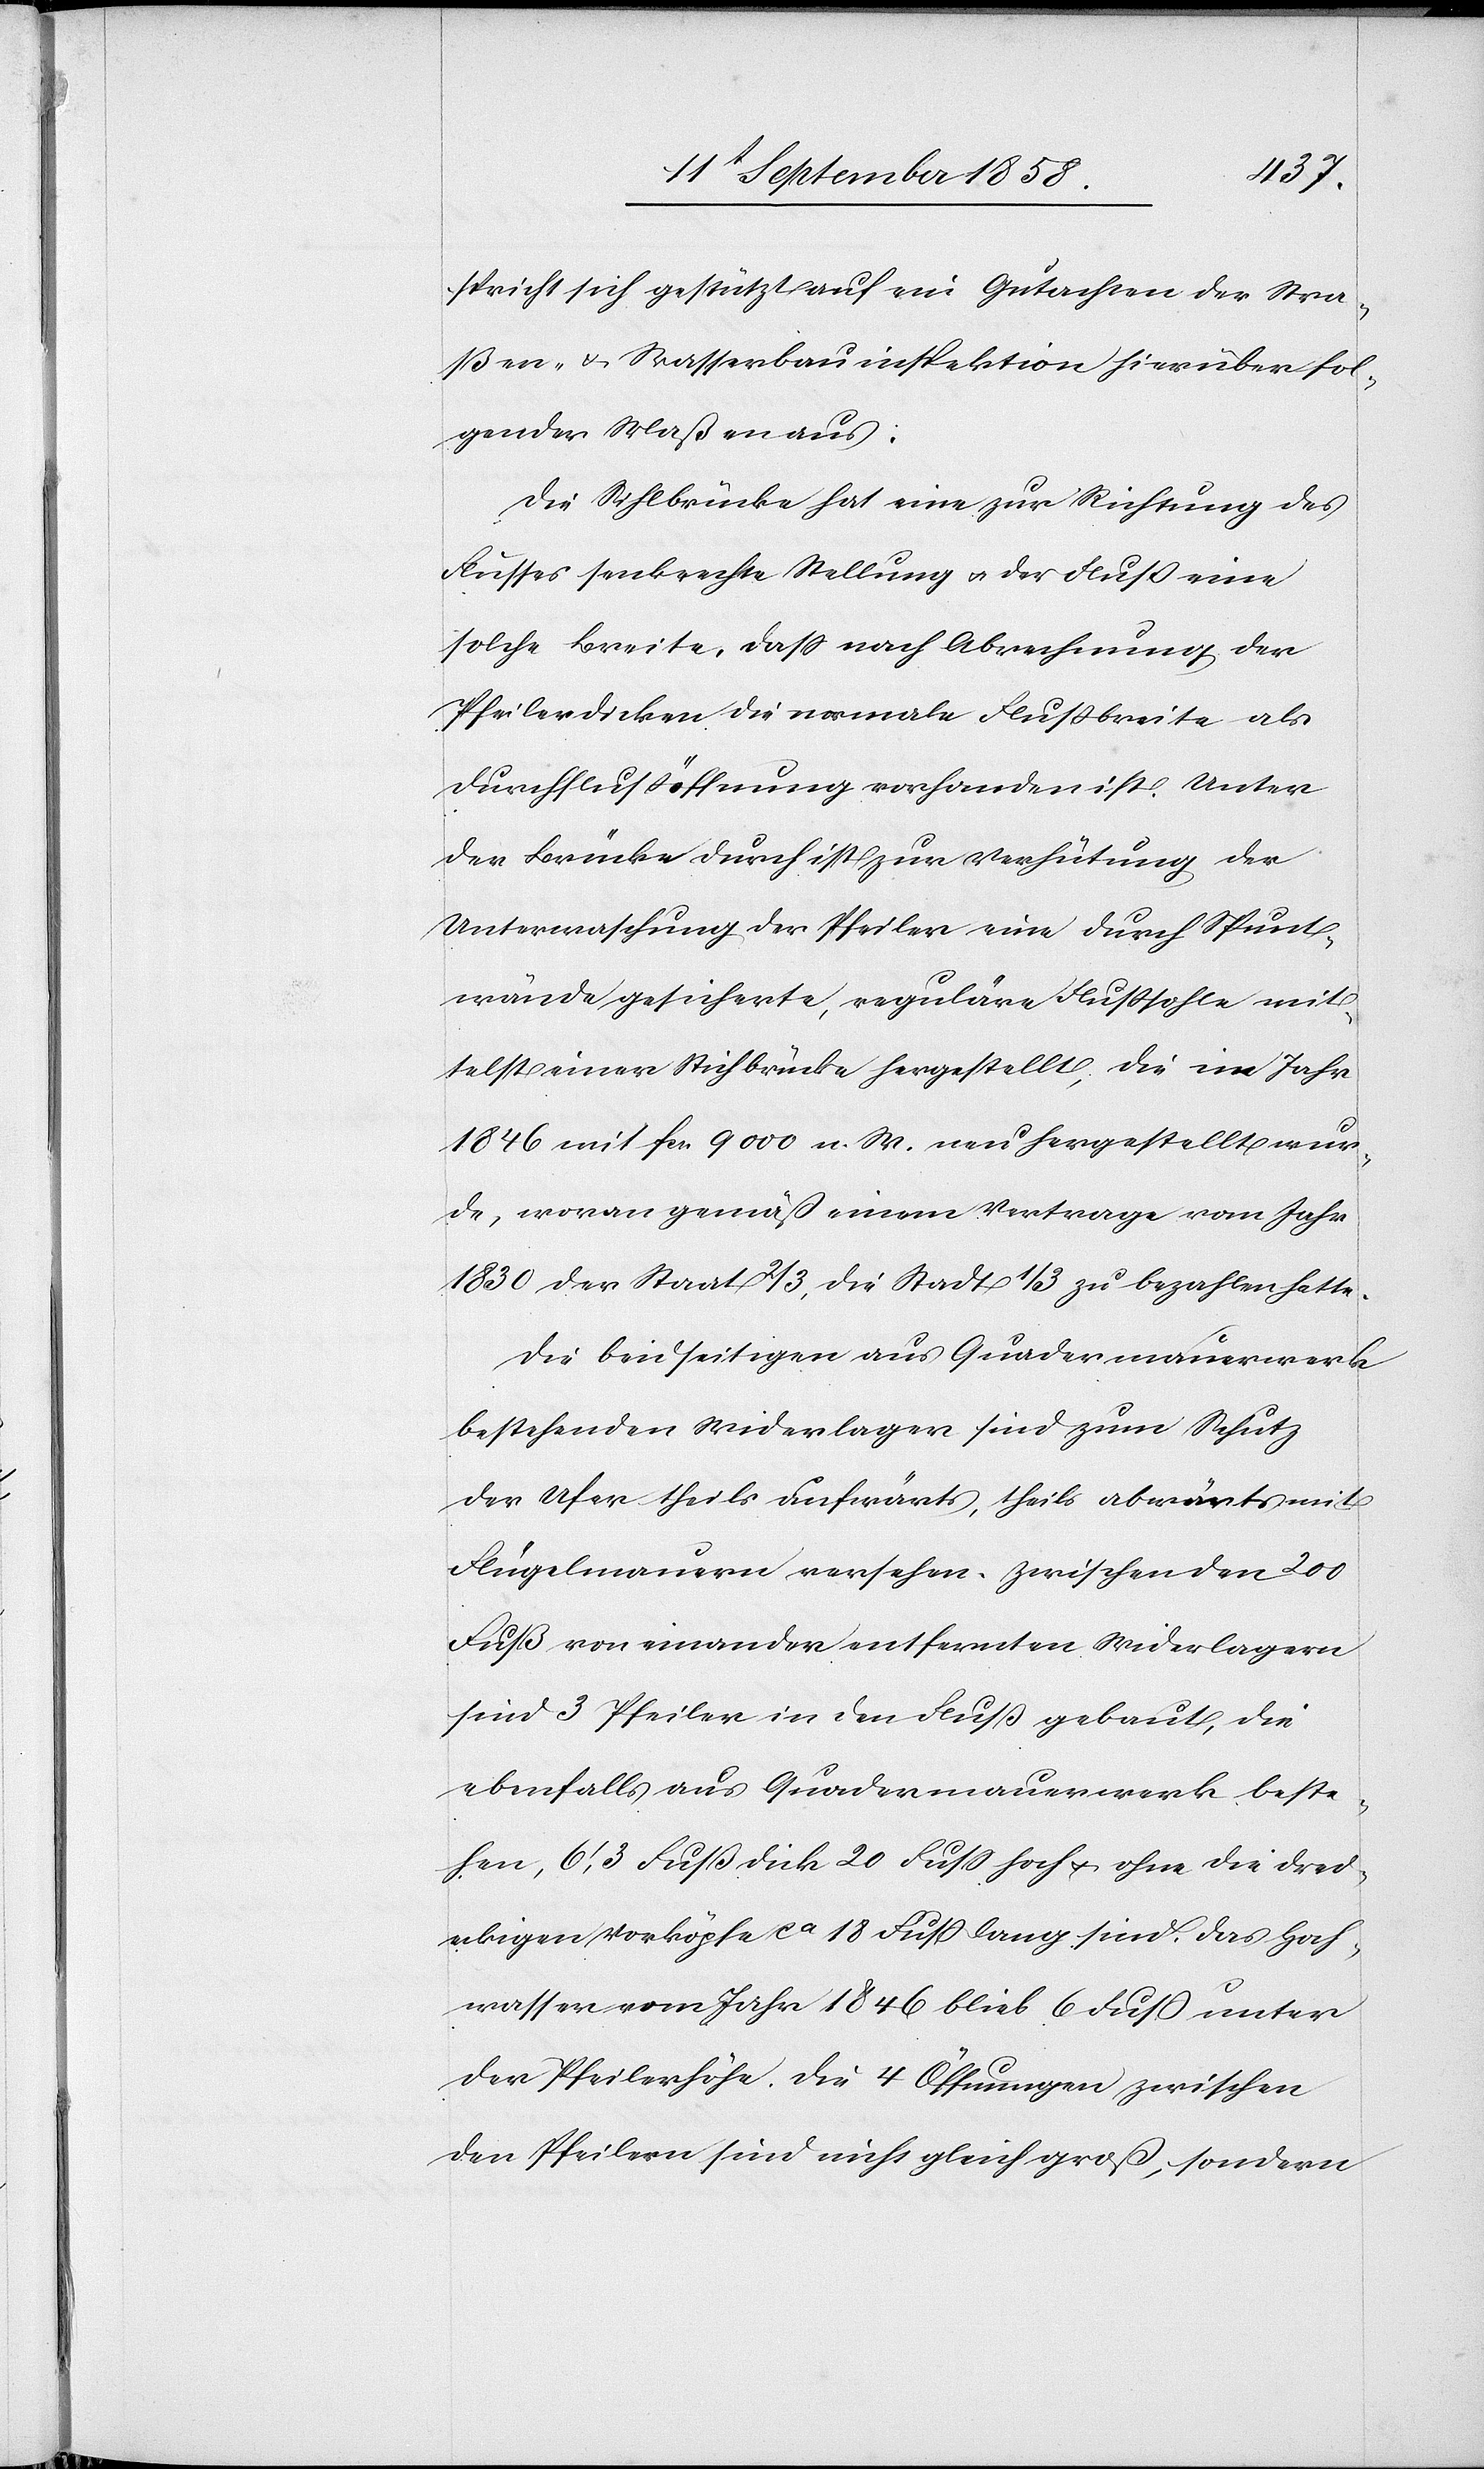
spricht sich gestützt auf ein Gutachten der Stra¬
ßen- & Wasserbauinspektion hierüber fol¬
gender Maßen aus:
Die Sihlbrücke hat eine zur Richtung des
Flusses senkrechte Stellung & der Fluß eine
solche Breite, dass nach Abrechnung der
Pfeilerdicken die normale Flußbreite als
Durchflußöffnung vorhanden ist. Unter
der Brücke durch ist zur Verhütung der
Unterwaschung der Pfeiler eine durch Spunt¬
wände gesicherte, reguläre Flußsohle mit¬
telst einer Stichbrücke hergestellt, die im Jahr
1846 mit fcs. 9000 n. W. neu hergestellt wur¬
de, woran gemäß einem Vertrage vom Jahr
1830 der Staat 2/3, die Stadt 1/3 zu bezahlen hatte.
Die beidseitigen aus Quadermauerwerk
bestehenden Widerlager sind zum Schutz
der Ufer theils aufwärts, theils abwärts mit
Flügelmauern versehen. Zwischen den 200
Fuß von einander entfernten Widerlagern
sind 3 Pfeiler in den Fluß gebaut, die
ebenfalls aus Quadermauerwerk beste¬
hen, 6‘,3 Fuß dick[,] 20 Fuss hoch & ohne die drei¬
eckigen Vorköpfe ca 18 Fuß lang sind. Das Hoch¬
wasser vom Jahr 1846 blieb 6 Fuß unter
der Pfeilerhöhe. Die 4 Öffnungen zwischen
den Pfeilern sind nicht gleich groß, sondern